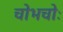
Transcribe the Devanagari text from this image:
चोभचोः